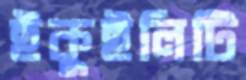
ইকুইলিটি